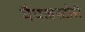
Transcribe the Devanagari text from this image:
मैपलस्टोरी